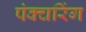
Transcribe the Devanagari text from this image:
पंक्चरिंग